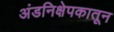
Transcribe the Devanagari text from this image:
अंडनिक्षेपकातून